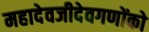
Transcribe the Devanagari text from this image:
महादेवजीदेवगणोंको